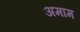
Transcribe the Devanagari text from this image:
अमाम